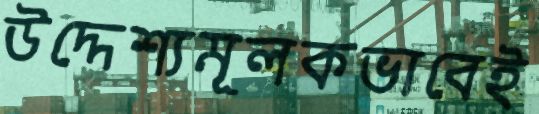
উদ্দেশ্যমূলকভাবেই